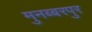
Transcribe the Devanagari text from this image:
मुनब्बरपुर